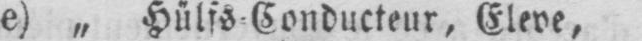
e) „ Hülfs⸗Conducteur, Eleve,